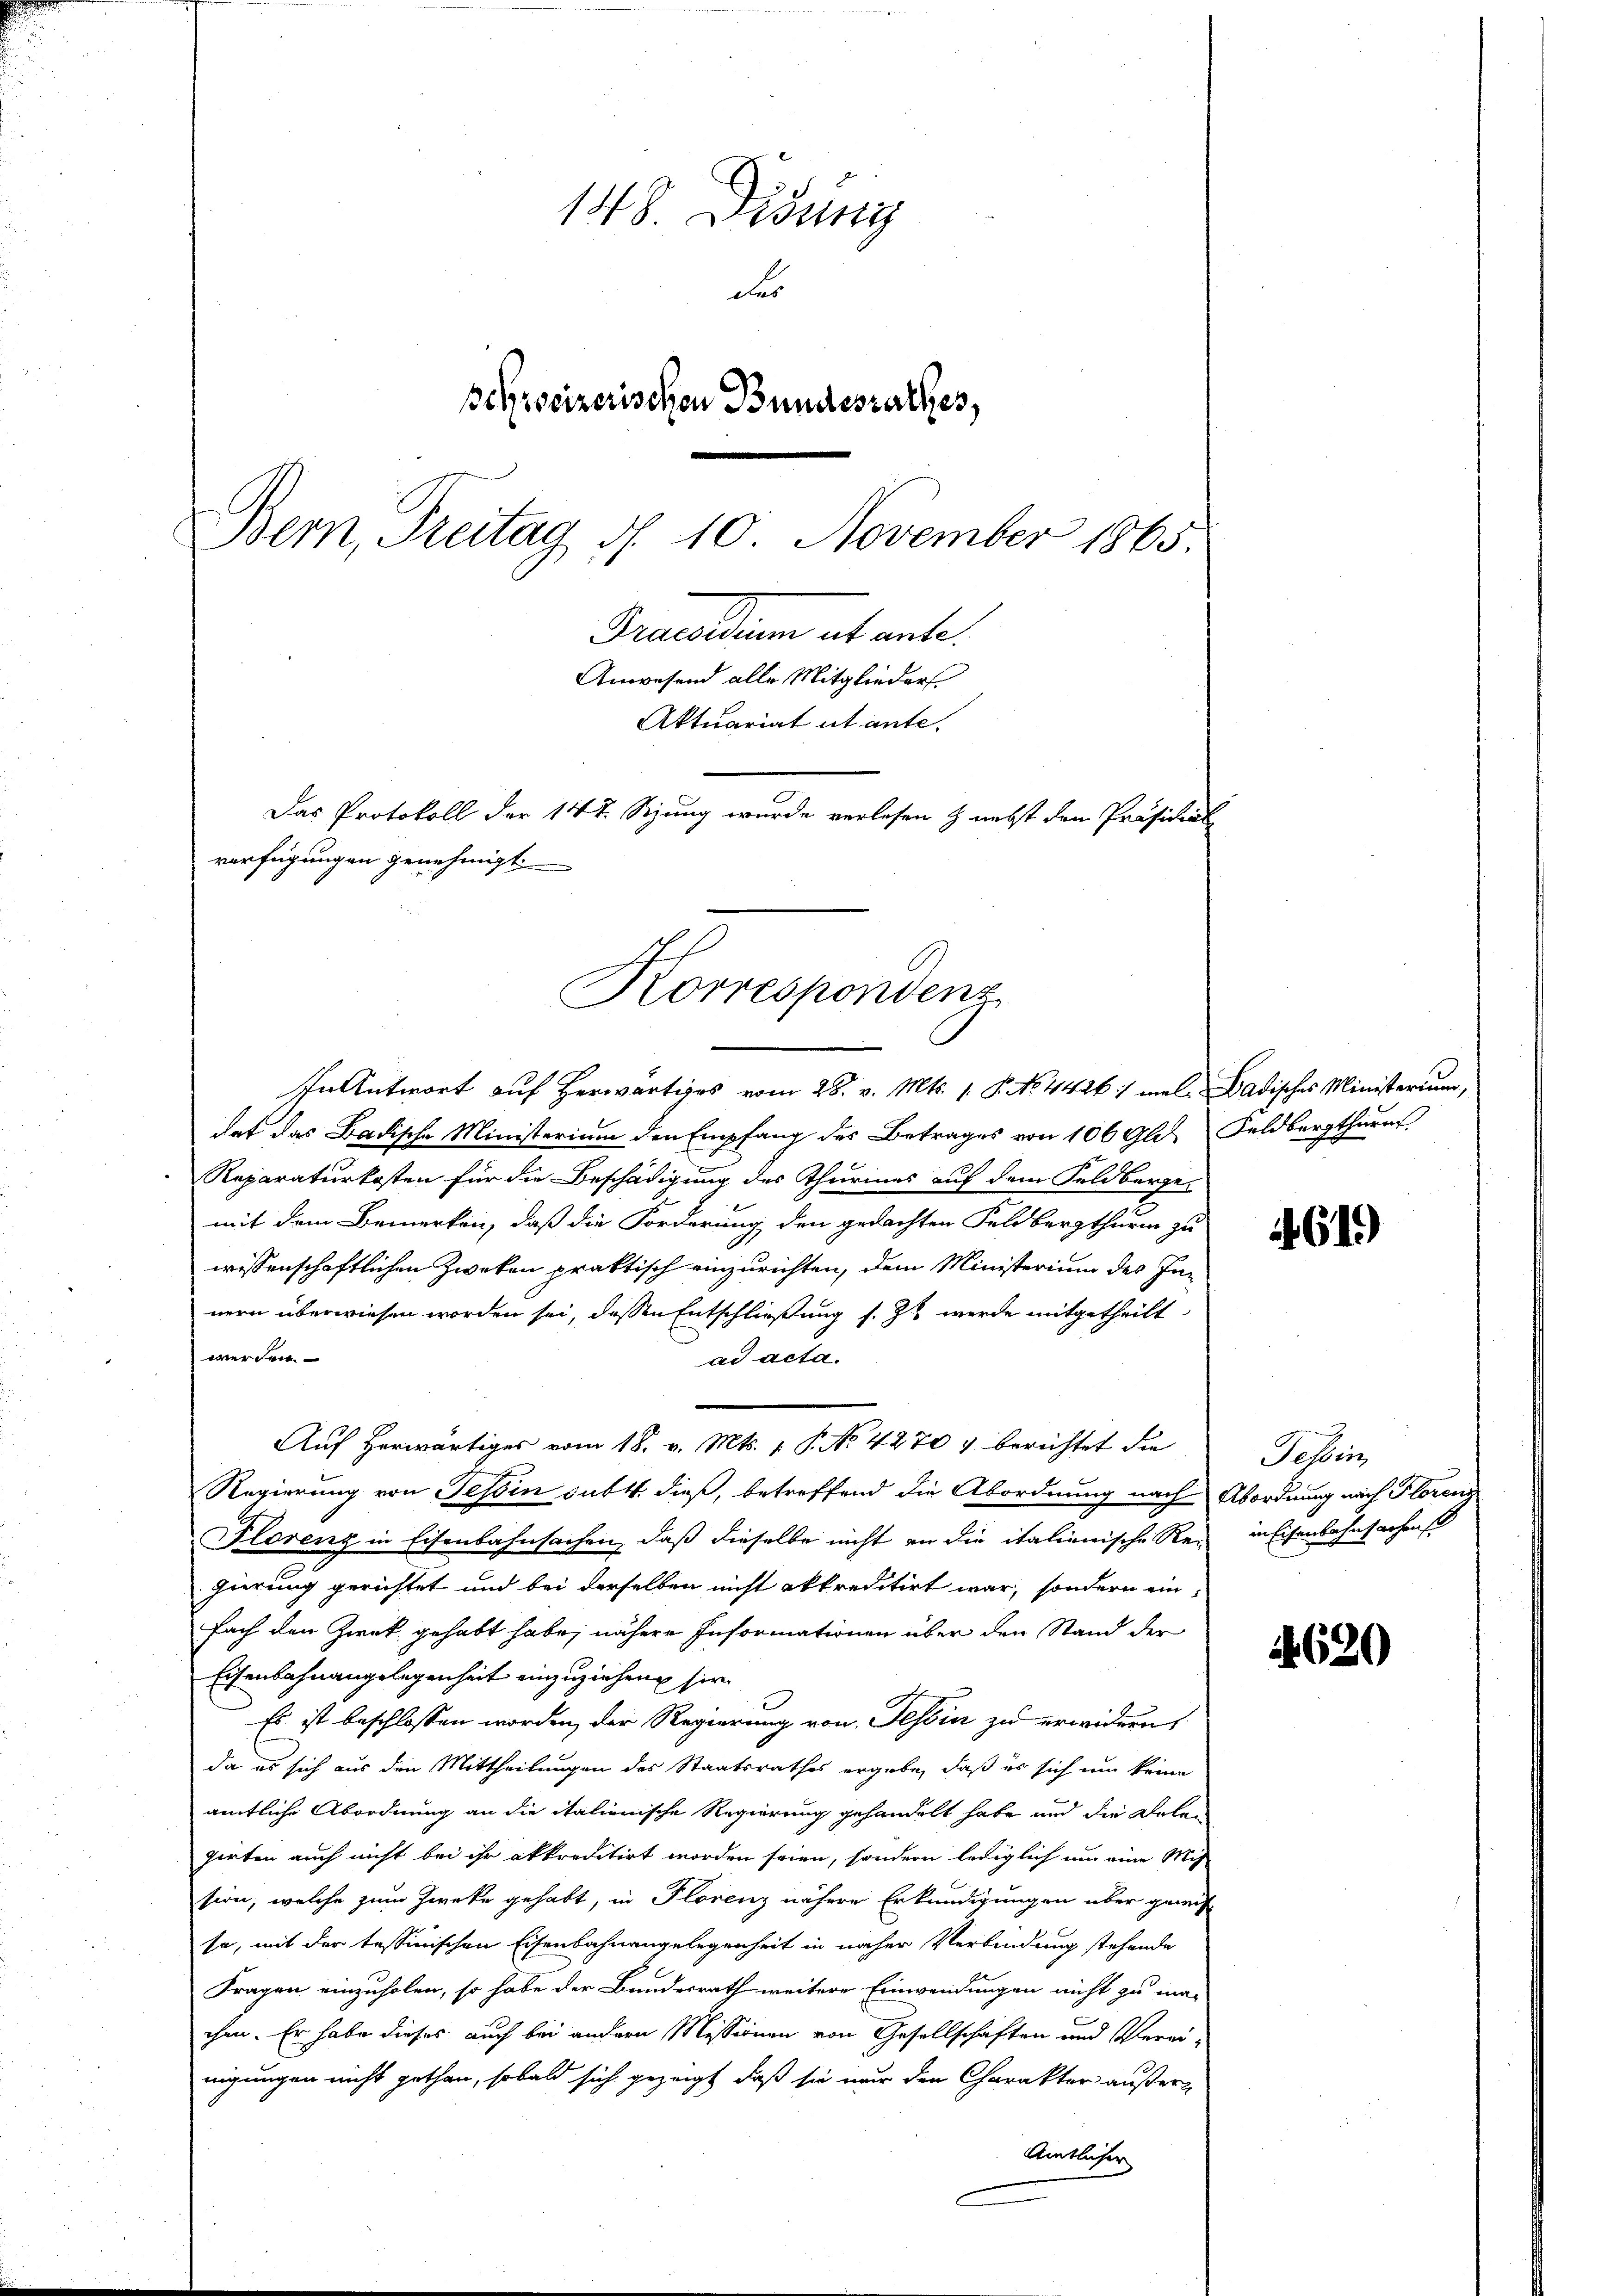
148. Didung
des
seyrocizerischen Bundesrathes,
Bern, Freitag d. 10. November 1865.
Praesidium hat ante.
Anwesend alle Mitglieders.
Aktuariat utante.
Das Protokoll der 147. Sizung wurde verlesen & nebst den Präsidial-
verfügungen genehmigt.

Korrespondenz

In Antwort auf Herwärtiges vom 28. v. Mts. 1. P. No. 4426 1 maladisches Ministerium,
dat das Badische Ministerium den Empfang des Betrages von 100 Gld. Feldbergthurn
Reparaturkosten für die Beschädigung des Thurmes auf dem Feldberge
mit dem Bemerken, daß die Forderung den gedachten Feldbergthurm zu
wissenschaftlichen Zweken praktisch einzurichten, dem Ministerium des Innern überwiesen worden sei, dessen Entschließung s. Zu werde mitgetheilt
werden.
ad acta.
Auf herwärtiges vom 18. v. Mts. 1. P. No. 4270 & berichtet die
Regierung von Tessin subt. dieß, betreffend die Abordnung nach Abordnung nach Florenz
Plorenz in Eisenbahnsachen, daß dieselbe nicht an die italienische Rei- in Eisenbahnsachens
gierung gerichtet und bei derselben nicht akkreditirt war, sondern ein
Fach den Zwek gehabt habe, nähere Informationen über den Stand der
Eisenbahnangelegenheit einzuziehen sie
Es ist beschlossen worden, der Regierung von Tessin zu erwidern
da es sich aus den Mittheilungen des Staatsrathes ergabe, daß es sich um keine
amtliche Abordnung an die italienische Regierung gehandelt habe und die Deten
girten auch nicht bei ihr akkreditirt worden seien, sondern lediglich um eine Mit-
sion, welche zum Zwecke gehabt, in Florenz nähere Erkundigungen über gewes
se, mit der tessinischen Eisenbahnangelegenheit in naher Verbindung stehende
Fragen einzuholen, so habe der Bundesrath weitere Einwendungen nicht zu ma-
chen. Er habe dieses auch bei andern Missionen von Gesellschaften und Verei-
nigungen nicht gethan, sobald sich gezeigt, daß sie nur den Charakter außer¬
Amtlicher

461)

Tessin

4620